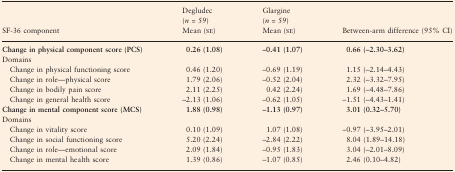
| SF-36 component | Degludec (n = 59) Mean (se) | Glargine (n = 59) Mean (se) | Between-arm difference (95% CI) |
 | --- | --- | --- | --- |
 | Change in physical component score (PCS) | 0.26 (1.08) | –0.41 (1.07) | 0.66 (–2.30–3.62) |
 | <COLSPAN=4> Domains |
 | Change in physical functioning score | 0.46 (1.20) | –0.69 (1.19) | 1.15 (–2.14–4.43) |
 | Change in role—physical score | 1.79 (2.06) | –0.52 (2.04) | 2.32 (–3.32–7.95) |
 | Change in bodily pain score | 2.11 (2.25) | 0.42 (2.24) | 1.69 (–4.48–7.86) |
 | Change in general health score | –2.13 (1.06) | –0.62 (1.05) | –1.51 (–4.43–1.41) |
 | Change in mental component score (MCS) | 1.88 (0.98) | –1.13 (0.97) | 3.01 (0.32–5.70) |
 | <COLSPAN=4> Domains |
 | Change in vitality score | 0.10 (1.09) | 1.07 (1.08) | –0.97 (–3.95–2.01) |
 | Change in social functioning score | 5.20 (2.24) | –2.84 (2.22) | 8.04 (1.89–14.18) |
 | Change in role—emotional score | 2.09 (1.84) | –0.95 (1.83) | 3.04 (–2.01–8.09) |
 | Change in mental health score | 1.39 (0.86) | –1.07 (0.85) | 2.46 (0.10–4.82) |